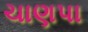
ચાણપા